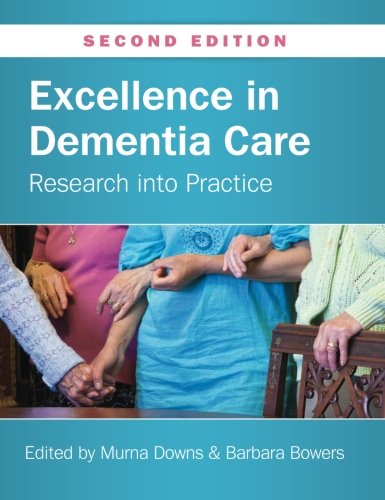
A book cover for Excellence In Dementia Care: Research Into Practice; Murna Downs; Health, Fitness & Dieting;